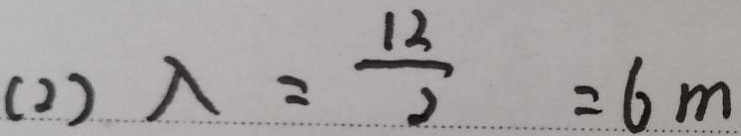
( 2 ) \lambda = \frac { 1 2 } { 2 } = 6 m